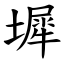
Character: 墀